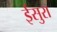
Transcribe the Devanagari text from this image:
ईसुरा